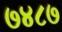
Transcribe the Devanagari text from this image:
७४८७